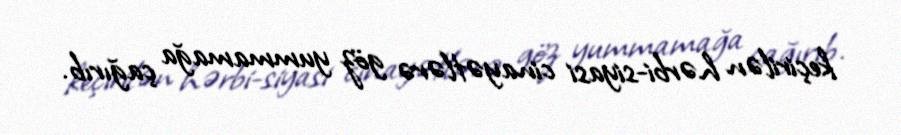
keçirilən hərbi-siyasi cinayətlərə göz yummamağa çağırıb.